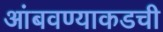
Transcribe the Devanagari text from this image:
आंबवण्याकडची